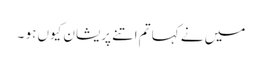
میں نے کہا تم اتنے پریشان کیوں ہو ۔